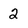
Character: 2